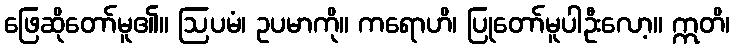
ဖြေဆိုတော်မူ၏။ ဩပမံ၊ ဥပမာကို။ ကရောဟိ၊ ပြုတော်မူပါဦးလော့။ ဣတိ၊